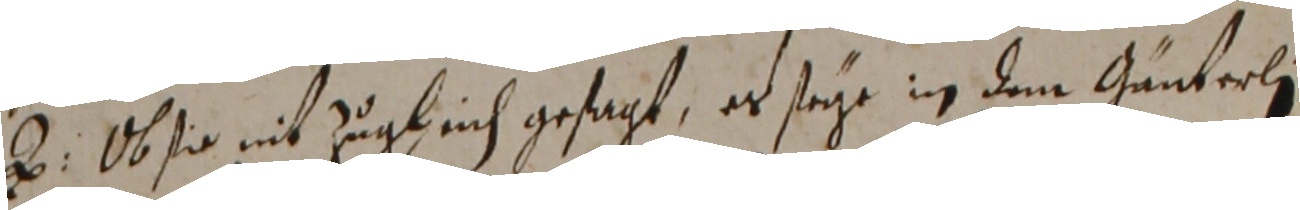
B. Ob sio nit zugleich gesagt, es seye in dem Gänterli